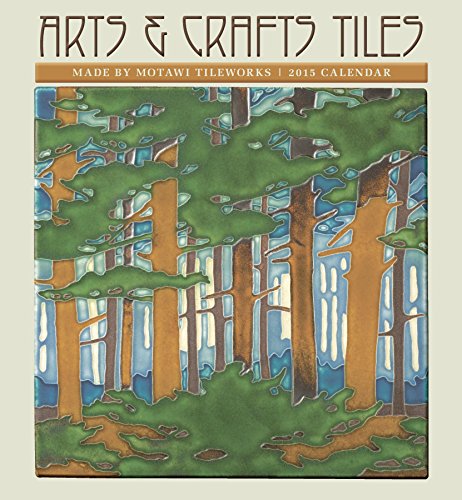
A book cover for Arts & Crafts Tiles 2015 Calendar; Calendars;